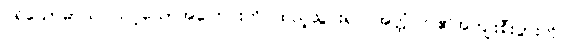
ပရိယောဓာယ၊ သင့်သောအကြေင်းကို ထည့်သွင်း၍။ အတ္ထံ၊ ငါ၏အကျိုးစီးပွားကို။